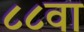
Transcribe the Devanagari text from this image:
८८वा